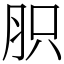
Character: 胑